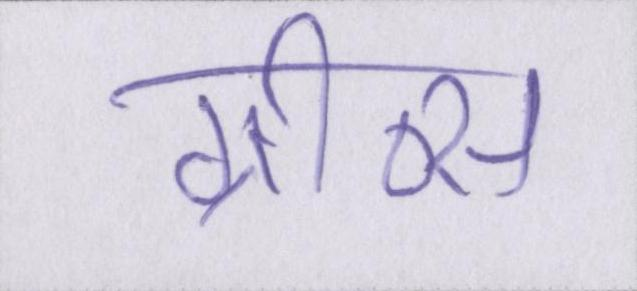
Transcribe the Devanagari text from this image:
ग्रीव्स